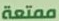
ممتعة